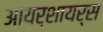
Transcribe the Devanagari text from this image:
आयर्शायर्स